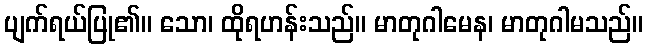
ပျက်ရယ်ပြု၏။ သော၊ ထိုရဟန်းသည်။ မာတုဂါမေန၊ မာတုဂါမသည်။